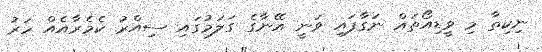
ނިކިތާ މި ވީޑިއޯތައް ނަގާފައި ވަނީ އޭނާގެ ގަލަމުގައި ސިއްރު ކެމެރާއެއް ހަރު